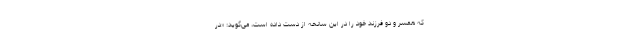
که همسر و دو فرزند خود را در این سانحه از دست داده است، می‌گوید: «در